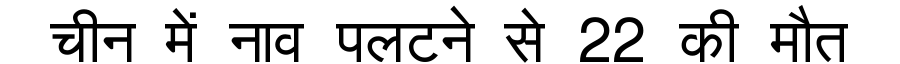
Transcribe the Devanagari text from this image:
चीन में नाव पलटने से 22 की मौत